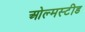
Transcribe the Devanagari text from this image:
ओल्मस्टीड